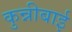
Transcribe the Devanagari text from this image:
कुन्नीबाई